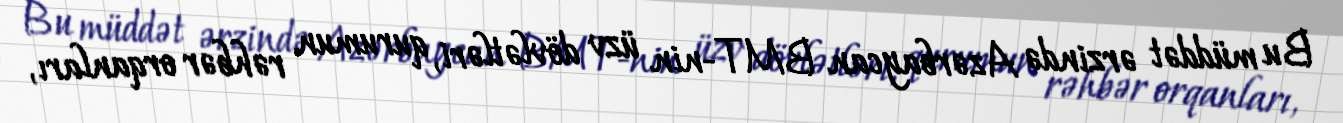
Bu müddət ərzində Azərbaycan BMT-nin üzv dövlətləri, qurumun rəhbər orqanları,